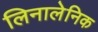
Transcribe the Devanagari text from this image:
लिनालेनिक